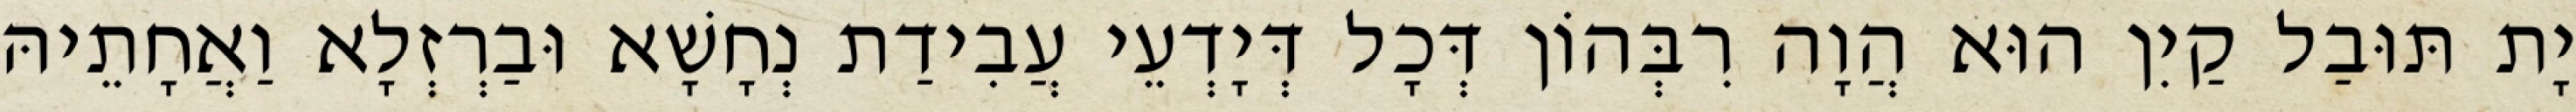
יָת תּוּבַל קַיִן הוּא הֲוָה רִבְּהוֹן דְּכָל דְּיָדְעֵי עֲבִידַת נְחָשָׁא וּבַרְזְלָא וַאֲחָתֵיהּ